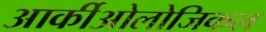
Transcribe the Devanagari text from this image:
आर्कीओलोजिकल